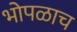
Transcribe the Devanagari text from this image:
भोपळाच